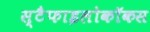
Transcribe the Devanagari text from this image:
स्टैफाइलोकॉकस